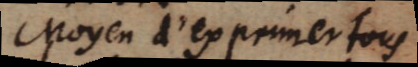
Moyen d’exprimer tous